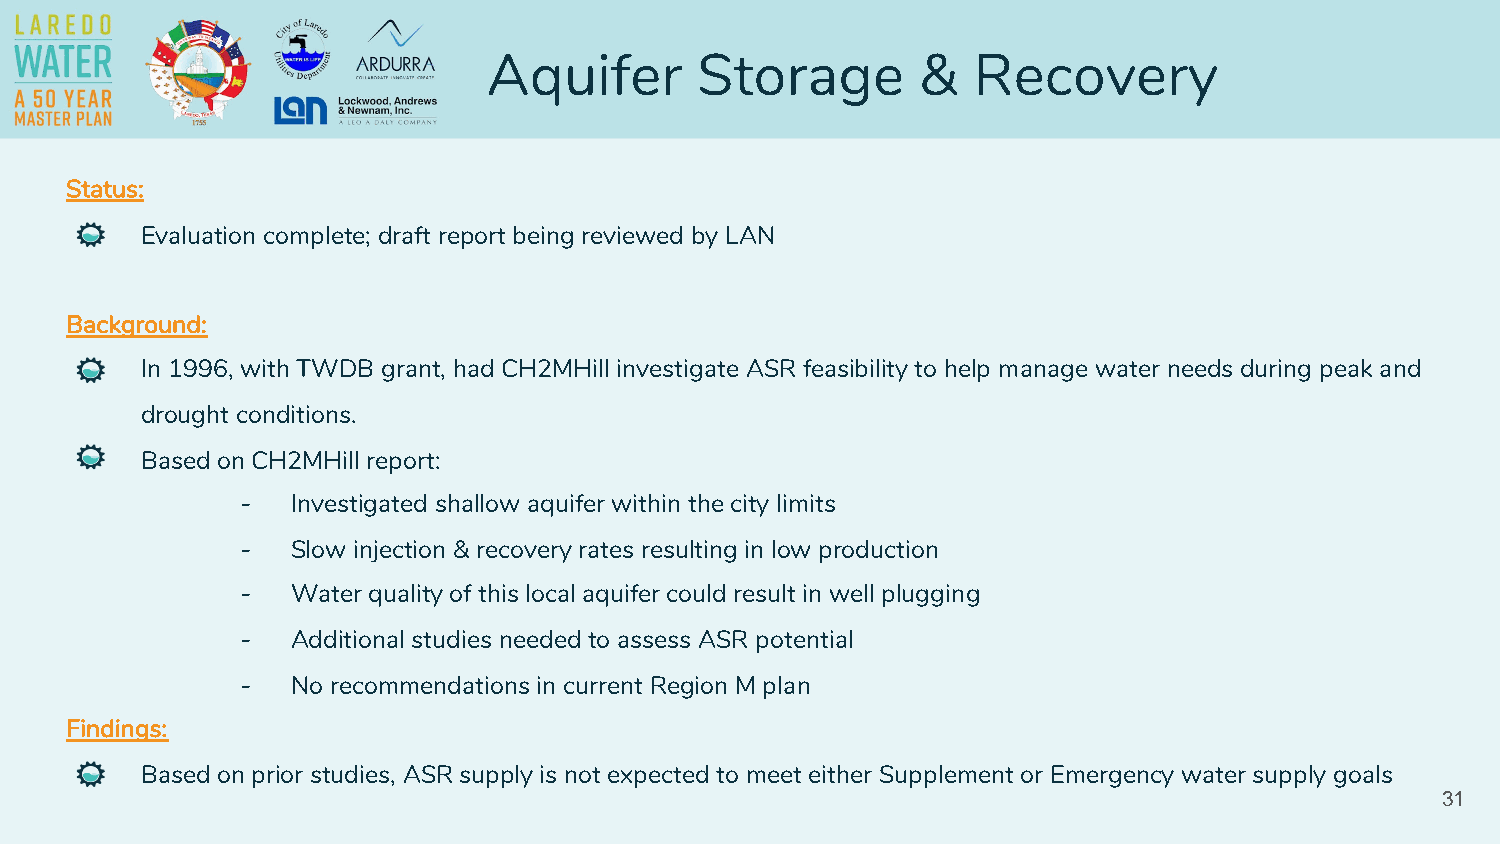
Aquifer       Storage        &  Recovery
 Status:
 Evaluation complete; draft report being reviewed by LAN
 Background:
 In 1996, with TWDB grant, had CH2MHill investigate ASR feasibility to help manage water needs during peak and
 drought conditions.
 Based on CH2MHill report:
 -  Investigated shallow aquifer within the city limits
 -  Slow injection & recovery rates resulting in low production
 -  Water quality of this local aquifer could result in well plugging
 -  Additional studies needed to assess ASR potential
 -  No recommendations in current Region M plan
 Findings:
 Based on prior studies, ASR supply is not expected to meet either Supplement or Emergency water supply goals
 31